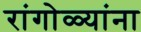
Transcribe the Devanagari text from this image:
रांगोळ्यांना